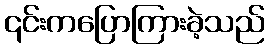
၎င်းကပြောကြားခဲ့သည်